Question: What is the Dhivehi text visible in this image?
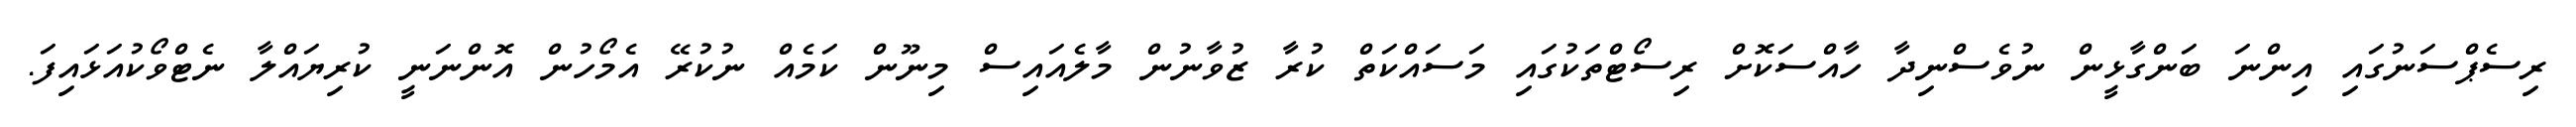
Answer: ރިސެޕްސަނުގައި އިންނަ ބަންގާޅީން ނުވެސްނިދާ ހާއްސަކޮށް ރިސޯޓްތަކުގައި މަސައްކަތް ކުރާ ޒުވާނުން މާލެއައިސް މިނޫން ކަމެއް ނުކުރޭ އެމޯހުން އޮންނަނީ ކުރިޔައްލާ ނެޓްވޯކުއަޅައިފަ.